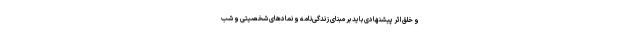
و خلق اثر پیشنهادی باید بر مبنای زندگی‌نامه و نمادهای شخصیتی و شب